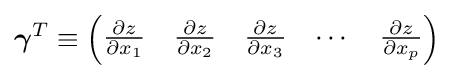
{\boldsymbol {\gamma }}^{T}\equiv {\begin{pmatrix}{\partial z \over \partial x_{1}}&{\partial z \over \partial x_{2}}&{\partial z \over \partial x_{3}}&\cdots &{\partial z \over \partial x_{p}}\end{pmatrix}}